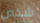
شخص